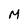
Character: M